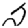
Digit: 2